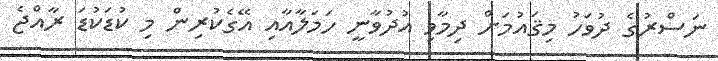
ނަސްރުގެ ދުވަހު މިޤައުމަށް ދިމާވި އުދުވާނީ ހަމަލާއާއި އޭގެކުރިން މި ކުޑަކުޑަ ރާއްޖެ